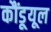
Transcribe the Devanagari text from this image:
कौंडूयूल